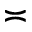
\asymp